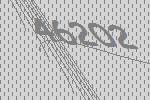
46202